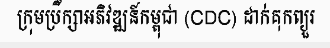
ក្រុមប្រឹក្សាអភិវឌ្ឍន៍កម្ពុជា (CDC) ដាក់គុកព្យួរ